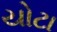
યોટા